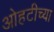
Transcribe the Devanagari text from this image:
ओहटीच्या